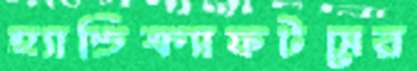
হ্যান্ডিক্র্যাফটসের